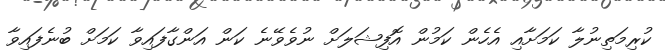
ކުރިމަތިނުލާ ކަމަށާއި އެހެން ކަމުން އޮފިޝަލަށް ނުވެވޭނެ ކަން އަންގާފައިވާ ކަމަށް ބުނެފައިވާ